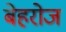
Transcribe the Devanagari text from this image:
बेहरोज